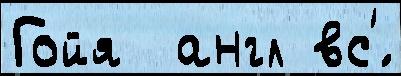
Гойя  англ вс'́